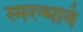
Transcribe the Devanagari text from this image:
स्मरन्भावं